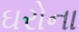
ઘરોના